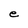
Character: e